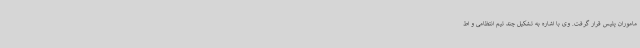
ماموران پلیس قرار گرفت. وی با اشاره به تشکیل چند تیم انتظامی و اط